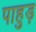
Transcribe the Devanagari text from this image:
पाहुड़